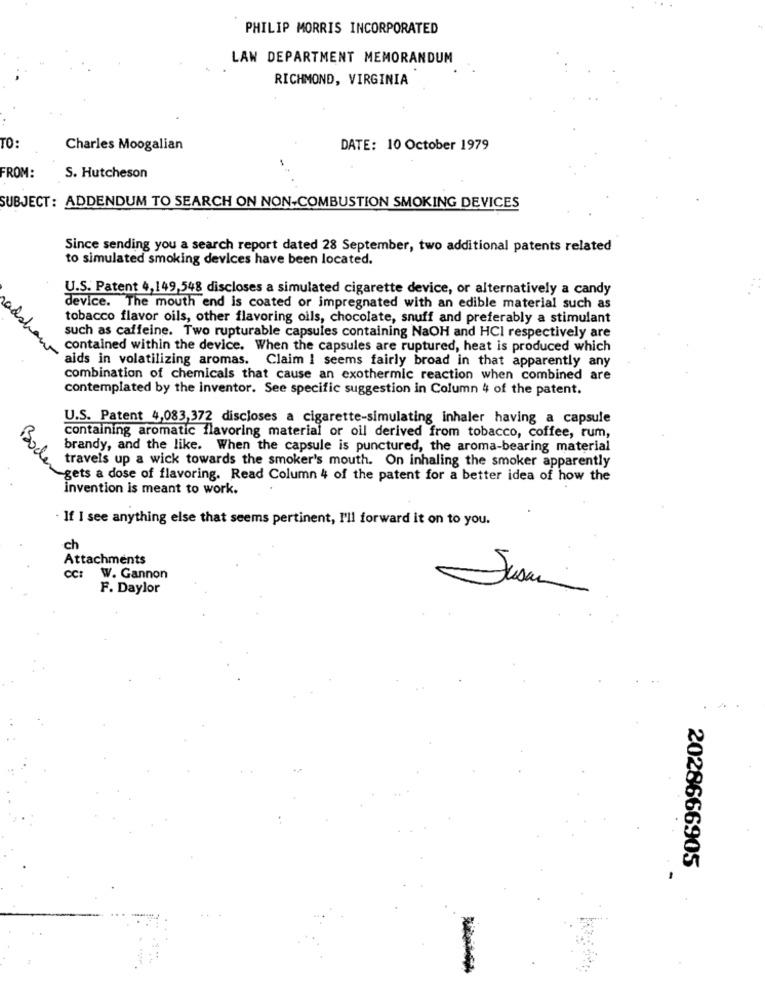
PHILIP MORRIS INCORPORATED
LAW DEPARTMENT MEMORANDUM
RICHMOND, VIRGINIA
TO:
Charles Moogalian
DATE: 10 October 1979
FROM:
S. Hutcheson
SUBJECT : ADDENDUM TO SEARCH ON NON-COMBUSTION SMOKING DEVICES
Since sending you a search report dated 28 September, two additional patents related
to simulated smoking devices have been located.
U.S. Patent 4,149,548 discloses a simulated cigarette device, or alternatively a candy
device. The mouth end is coated or impregnated with an edible material such as
tobacco flavor oils, other flavoring oils, chocolate, snuff and preferably a stimulant
such as caffeine. Two rupturable capsules containing NaOH and HCI respectively are
contained within the device. When the capsules are ruptured, heat is produced which
aids in volatilizing aromas. Claim I seems fairly broad in that apparently any
combination of chemicals that cause an exothermic reaction when combined are
contemplated by the inventor. See specific suggestion in Column 4 of the patent.
U.S. Patent 4,083,372 discloses a cigarette-simulating inhaler having a capsule
containing aromatic flavoring material or oil derived from tobacco, coffee, rum,
brandy, and the like. When the capsule is punctured, the aroma-bearing material
travels up a wick towards the smoker's mouth. On inhaling the smoker apparently
Boden
-gets a dose of flavoring. Read Column 4 of the patent for a better idea of how the
Invention is meant to work.
. If I see anything else that seems pertinent, I'll forward it on to you.
ch
Attachments
Cc: W. Gannon
F. Daylor
2028666905